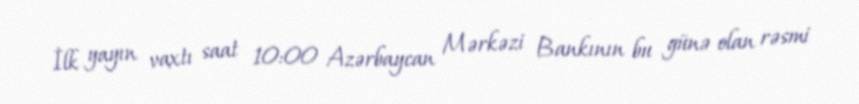
İlk yayın vaxtı saat 10:00 Azərbaycan Mərkəzi Bankının bu günə olan rəsmi